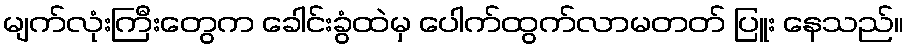
မျက်လုံးကြီးတွေက ခေါင်းခွံထဲမှ ပေါက်ထွက်လာမတတ် ပြူး နေသည်။